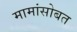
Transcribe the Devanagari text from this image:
मामांसोबत